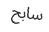
سابح